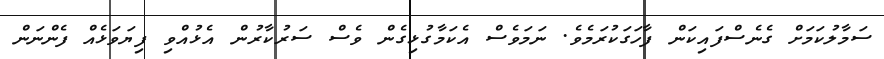
ސަމާލުކަމަށް ގެނެސްފައިކަން ފާހަގަކުރަމެވެ. ނަމަވެސް އެކަމާގުޅިގެން ވެސް ސަރުކާރުން އެޅުއްވި ފިޔަވަޅެއް ފެންނަން